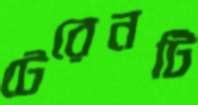
টেরেনটি